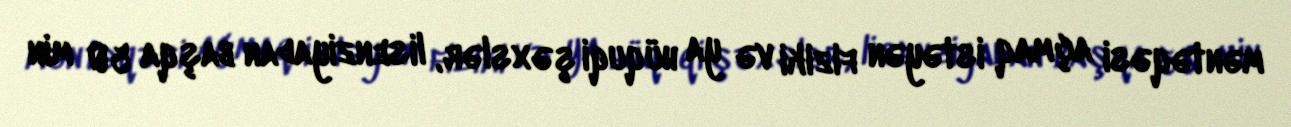
məntəqəsi açmaq istəyən fiziki və ya hüquqi şəxslər, lisenziyadan başqa 50 min